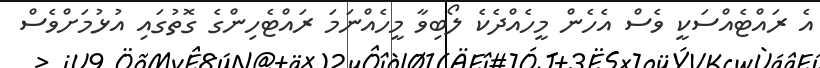
އެ ރައްޓެއްސަކީ ވެސް އެހެން މީހެއްދެކެ ލޯބިވާ މީހެއްނަމަ ރައްޓެހިންގެ ގޮތުގައި އުޅުމަށްވެސް